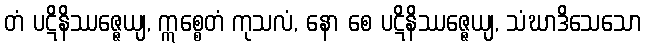
တံ ပဋိနိဿဇ္ဇေယျ, ဣစ္စေတံ ကုသလံ, နော စေ ပဋိနိဿဇ္ဇေယျ, သံဃာဒိသေသော